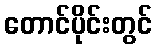
တောင်ပိုင်းတွင်